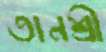
তানশ্রী